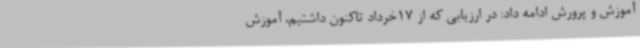
آموزش و پرورش ادامه داد: در ارزیابی که از 17خرداد تاکنون داشتیم، آموزش